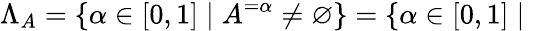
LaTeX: \Lambda_{A}=\{ \alpha\in[0,1]\mid A^{=\alpha}\neq\varnothing\} =\{ \alpha\in[0,1]\mid{}